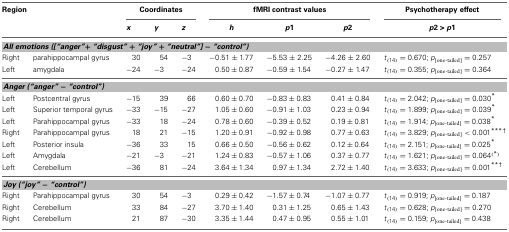
<table><thead><tr><td colspan="2"><b>Region</b></td><td colspan="3"><b>Coordinates</b></td><td colspan="3"><b>fMRI contrast values</b></td><td><b>Psychotherapy effect</b></td></tr><tr><td></td><td></td><td><b><i>x</i></b></td><td><b><i>y</i></b></td><td><b><i>z</i></b></td><td><b><i>h</i></b></td><td><b><i>p</i>1</b></td><td><b><i>p</i>2</b></td><td><b><i>p</i>2 &gt; <i>p</i>1</b></td></tr></thead><tbody><tr><td colspan="9"><b><i>All emotions ([“anger”+ “disgust” + “joy” + “neutral”] − “control”)</i></b></td></tr><tr><td>Right</td><td>parahippocampal gyrus</td><td>30</td><td>54</td><td>−3</td><td>−0.51 ± 1.77</td><td>−5.53 ± 2.25</td><td>−4.26 ± 2.60</td><td><i>t</i><sub>(14)</sub> = 0.670; <i>p</i><sub>[one-tailed]</sub> = 0.257</td></tr><tr><td>Left</td><td>amygdala</td><td>−24</td><td>−3</td><td>−24</td><td>0.50 ± 0.87</td><td>−0.59 ± 1.54</td><td>−0.27 ± 1.47</td><td><i>t</i><sub>(14)</sub> = 0.355; <i>p</i><sub>[one-tailed]</sub> = 0.364</td></tr><tr><td colspan="9"><b><i>Anger (“anger” − “control”)</i></b></td></tr><tr><td>Left</td><td>Postcentral gyrus</td><td>−15</td><td>39</td><td>66</td><td>0.60 ± 0.70</td><td>−0.83 ± 0.83</td><td>0.41 ± 0.84</td><td><i>t</i><sub>(14)</sub> = 2.042; <i>p</i><sub>[one-tailed]</sub> = 0.030<sup>*</sup></td></tr><tr><td>Left</td><td>Superior temporal gyrus</td><td>−33</td><td>−15</td><td>−27</td><td>1.05 ± 0.60</td><td>−0.91 ± 1.03</td><td>0.23 ± 0.94</td><td><i>t</i><sub>(14)</sub> = 1.899; <i>p</i><sub>[one-tailed]</sub> = 0.039<sup>*</sup></td></tr><tr><td>Left</td><td>Parahippocampal gyrus</td><td>−33</td><td>18</td><td>−24</td><td>0.78 ± 0.60</td><td>−0.39 ± 0.52</td><td>0.19 ± 0.81</td><td><i>t</i><sub>(14)</sub> = 1.914; <i>p</i><sub>[one-tailed]</sub> = 0.038<sup>*</sup></td></tr><tr><td>Right</td><td>Parahippocampal gyrus</td><td>18</td><td>21</td><td>−15</td><td>1.20 ± 0.91</td><td>−0.92 ± 0.98</td><td>0.77 ± 0.63</td><td><i>t</i><sub>(14)</sub> = 3.829; <i>p</i><sub>[one-tailed]</sub> &lt; 0.001<sup>***</sup><sup>†</sup></td></tr><tr><td>Left</td><td>Posterior insula</td><td>−36</td><td>33</td><td>15</td><td>0.66 ± 0.50</td><td>−0.56 ± 0.62</td><td>0.12 ± 0.64</td><td><i>t</i><sub>(14)</sub> = 2.151; <i>p</i><sub>[one-tailed]</sub> = 0.025<sup>*</sup></td></tr><tr><td>Left</td><td>Amygdala</td><td>−21</td><td>−3</td><td>−21</td><td>1.24 ± 0.83</td><td>−0.57 ± 1.06</td><td>0.37 ± 0.77</td><td><i>t</i><sub>(14)</sub> = 1.621; <i>p</i><sub>[one-tailed]</sub> = 0.064<sup>(*)</sup></td></tr><tr><td>Left</td><td>Cerebellum</td><td>−36</td><td>81</td><td>−24</td><td>3.64 ± 1.34</td><td>0.97 ± 1.34</td><td>2.72 ± 1.40</td><td><i>t</i><sub>(14)</sub> = 3.633; <i>p</i><sub>[one-tailed]</sub> = 0.001<sup>**</sup><sup>†</sup></td></tr><tr><td colspan="9"><b><i>Joy (“joy” − “control”)</i></b></td></tr><tr><td>Right</td><td>Parahippocampal gyrus</td><td>30</td><td>54</td><td>−3</td><td>0.29 ± 0.42</td><td>−1.57 ± 0.74</td><td>−1.07 ± 0.77</td><td><i>t</i><sub>(14)</sub> = 0.919; <i>p</i><sub>[one-tailed]</sub> = 0.187</td></tr><tr><td>Right</td><td>Cerebellum</td><td>33</td><td>84</td><td>−27</td><td>3.70 ± 1.40</td><td>0.31 ± 1.25</td><td>0.65 ± 1.43</td><td><i>t</i><sub>(14)</sub> = 0.628; <i>p</i><sub>[one-tailed]</sub> = 0.270</td></tr><tr><td>Right</td><td>Cerebellum</td><td>21</td><td>87</td><td>−30</td><td>3.35 ± 1.44</td><td>0.47 ± 0.95</td><td>0.55 ± 1.01</td><td><i>t</i><sub>(14)</sub> = 0.159; <i>p</i><sub>[one-tailed]</sub> = 0.438</td></tr></tbody></table>